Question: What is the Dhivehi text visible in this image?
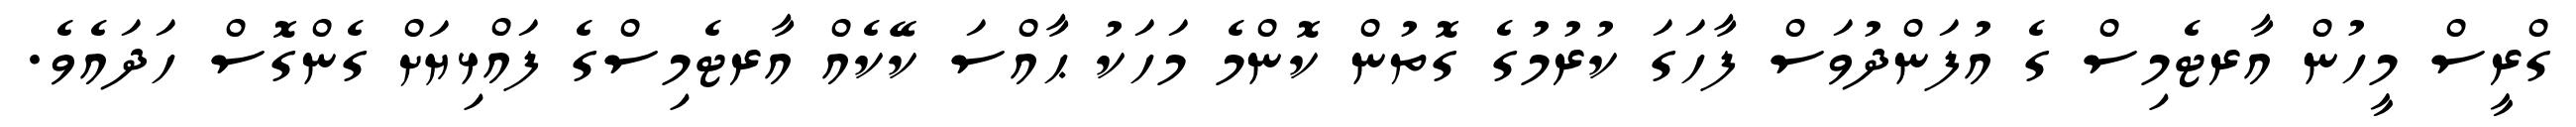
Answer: ގްރީސް މީހުން އާރޓެމިސް ގެ އުފަންދުވަސް ފާހަގަ ކުރުމުގެ ގޮތުން ކޮންމެ މަހަކު ޙާއްސަ ކޭކެއް އާރޓެމިސްގެ ފައްޅިޔަށް ގެންގޮސް ހަދައެވެ.